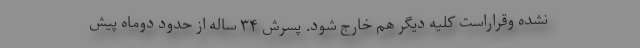
نشده وقراراست کلیه دیگر هم خارج شود. پسرش ۳۴ ساله از حدود دوماه پیش